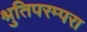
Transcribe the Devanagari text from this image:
श्रुतिपरम्परा